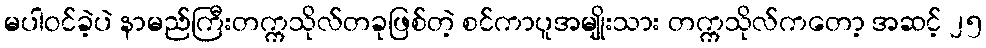
မပါဝင်ခဲ့ပဲ နာမည်ကြီးတက္ကသိုလ်တခုဖြစ်တဲ့ စင်ကာပူအမျိုးသား တက္ကသိုလ်ကတော့ အဆင့် ၂၅